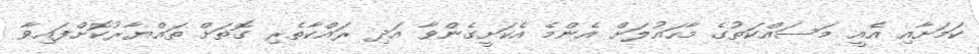
ކަމަށާއި އެއީ މަސައްކަތުގެ މާހައުލަށް އެންމެ އެކަށީގެންވާ އަދި ރައްކާތެރި ގޮތަށް ތައްޔާރުކޮށްފައިވާ